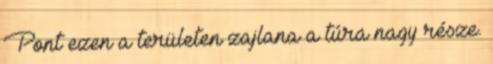
Pont ezen a területen zajlana a túra nagy része.